system: You are a helpful assistant.
user:
Analyze the provided spectrum to determine if it is a **S-type Star**.

- **Key Indicators for S-type Star:**

    - **(Overall Spectrum Shape):** The first and most obvious characteristic is the overall continuum (the "baseline" shape). It is **extremely "red-sloping,"** meaning the flux (light intensity) is very low on the left side (blue, ~4000-4500 Å) and rises steeply and continuously toward the right side (red, ~7000 Å+).

    - **(Primary):** The spectrum is defined by the presence of strong, broad molecular absorption "valleys" (bands) from **Zirconium Oxide (ZrO)**. The identification of these bands is the **primary requirement** for classifying a star as S-type.
        - **(Key Bandheads):** You must find distinct, deep "dips" where the light has been absorbed. The most critical band systems to locate are:
            - **~6474 Å** ($\gamma$-system): This is often the strongest and clearest ZrO feature, found in the red part of the spectrum.
            - **~5718 Å** & **~5551 Å** ($\beta$-system): A pair of prominent absorption features in the yellow-orange part of the spectrum.
            - **~4640 Å** ($\alpha$-system): A key absorption band system in the blue-green region of the spectrum.

    - **(Secondary Confirmation):** The classification is strengthened by finding additional absorption bands from other related heavy element oxides, which are expected to be present alongside ZrO.
        - **(Key Bandheads):**
            - **Yttrium Oxide (YO):** Look for absorption dips near **~4800 Å** and **~6100 Å**.
            - **Lanthanum Oxide (LaO):** Additional absorption features, particularly in the red-orange part of the spectrum, are also characteristic.

    - **(Line Profile):** The combination of the steep red continuum and these numerous, deep molecular bands (ZrO, YO, etc.) gives the entire spectrum a very **"chopped-up"** or **"bumpy"** appearance. Instead of a smooth curve, the spectrum looks as though large, wide chunks of light have been "carved out" of it at the specific wavelengths listed above.

Think first, call **spectral_visualization_tool** if needed to examine features in detail, then provide your final answer. Your response must adhere to the following strict rules:
1.  **Overall Structure:** Your response must follow the format `<think>...</think> <tool_call>...</tool_call> (if a tool is used) <answer>...</answer>`.
2.  **Tool Usage Constraint:** You may only make **one** tool call per turn.
3.  **Final Answer Format:** In the `<answer>` tag, your conclusion must be inside a `\boxed{}` command (e.g., `\boxed{YES}` or `\boxed{NO}`), followed by your justification.

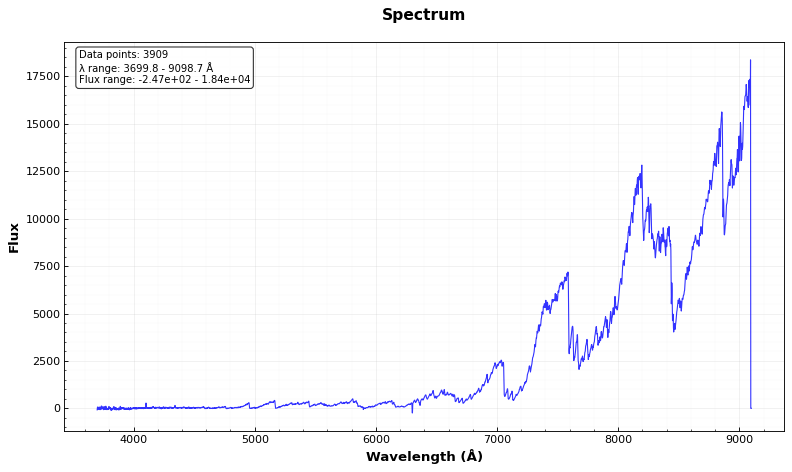
Answer: YES